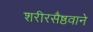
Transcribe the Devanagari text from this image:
शरीरसैष्ठवाने